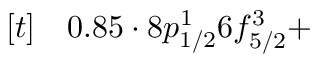
\begin{array} { r l } { [ t ] } & { { } 0 . 8 5 \cdot 8 p _ { 1 / 2 } ^ { 1 } 6 f _ { 5 / 2 } ^ { 3 } + } \end{array}